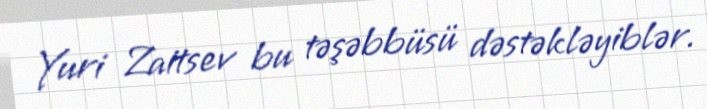
Yuri Zaitsev bu təşəbbüsü dəstəkləyiblər.